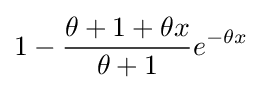
1-{\frac {\theta +1+\theta x}{\theta +1}}e^{-\theta x}